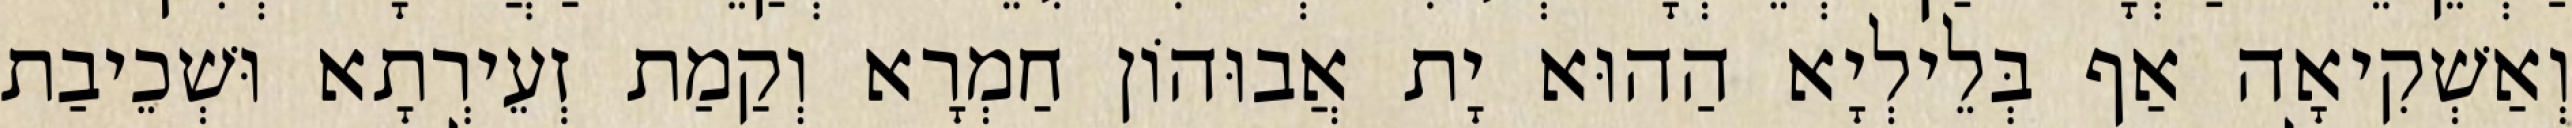
וְאַשְׁקִיאָה אַף בְּלֵילְיָא הַהוּא יָת אֲבוּהוֹן חַמְרָא וְקַמַת זְעֵירְתָא וּשְׁכֵיבַת